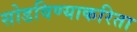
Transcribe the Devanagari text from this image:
सोडविण्‍याकरिता